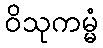
ဝိသုကမ္မံ